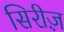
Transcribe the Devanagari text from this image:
सिरीज़़